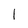
Character: l